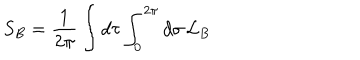
LaTeX: S _ { B } = \frac { 1 } { 2 \pi } \int d \tau \int _ { 0 } ^ { 2 \pi } d \sigma \, { \cal L } _ { B }